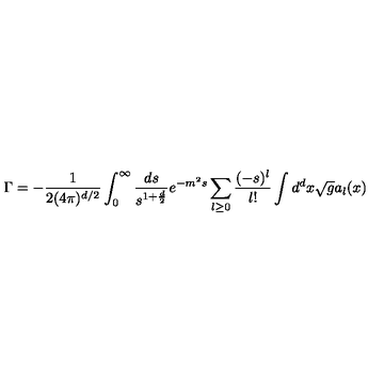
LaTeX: \Gamma = - { \frac { 1 } { 2 ( 4 \pi ) ^ { d / 2 } } } \int _ { 0 } ^ { \infty } { \frac { d s } { s ^ { 1 + { \frac { d } { 2 } } } } } e ^ { - m ^ { 2 } s } \sum _ { l \geq 0 } { \frac { ( - s ) ^ { l } } { l ! } } \int d ^ { d } x \sqrt g a _ { l } ( x )